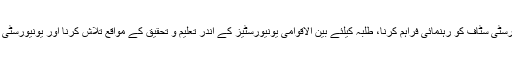
اس دفتر کو چند انتہائی اہم امور بین الاقوامی اشتراک کے عمل میں تیزی لانا، یونیورسٹی سٹاف کو رہنمائی فراہم کرنا، طلبہ کیلئے بین الاقوامی یونیورسٹیز کے اندر تعلیم و تحقیق کے مواقع تلاش کرنا اور یونیورسٹی کے مشن کے حصول کے لیے سینئر مینجمنٹ کے ساتھ مل کر کام کرنا شامل ہے۔